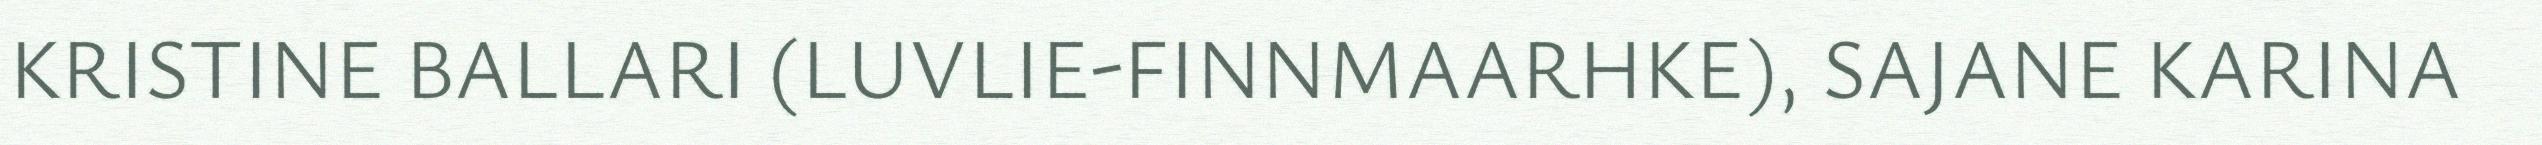
KRISTINE BALLARI (LUVLIE-FINNMAARHKE), SAJANE KARINA